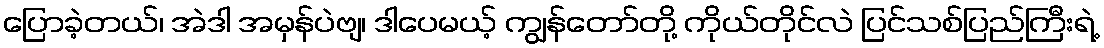
ပြောခဲ့တယ်၊ အဲဒါ အမှန်ပဲဗျ၊ ဒါပေမယ့် ကျွန်တော်တို့ ကိုယ်တိုင်လဲ ပြင်သစ်ပြည်ကြီးရဲ့